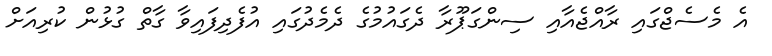
އެ މެސެޖްގައި ރާއްޖެއާއި ސިންގަޕޫރާ ދެގައުމުގެ ދެމެދުގައި އުފެދިފައިވާ ގާތް ގުޅުން ކުރިއަށް